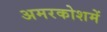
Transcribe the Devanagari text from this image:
अमरकोशमें